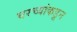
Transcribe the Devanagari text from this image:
घरच्यांकडून